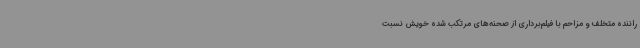
راننده متخلف و مزاحم با فیلم‌برداری از صحنه‌های مرتکب شده خویش نسبت